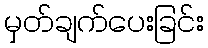
မှတ်ချက်ပေးခြင်း